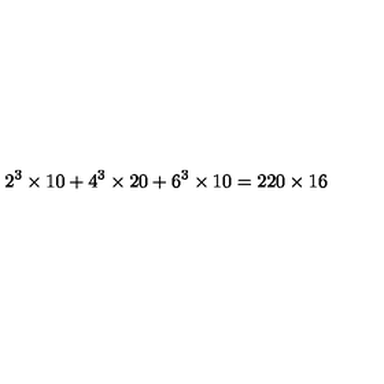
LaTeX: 2 ^ { 3 } \times 1 0 + 4 ^ { 3 } \times 2 0 + 6 ^ { 3 } \times 1 0 = 2 2 0 \times 1 6